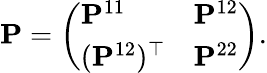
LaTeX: \mathbf{P}=\left(\begin{array}{ll}{\mathbf{P}^{11}}&{\mathbf{P}^{12}}\\ {(\mathbf{P}^{12})^{\top}}&{\mathbf{P}^{22}}\end{array}\right).